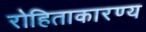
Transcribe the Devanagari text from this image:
रोहिताकारण्य